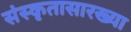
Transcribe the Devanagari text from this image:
संस्कृतासारख्या